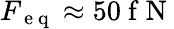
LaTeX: F_{\mathrm{~e~q~}}\approx 50\mathrm{~f~N~}